Civil Veterinary Dept. Bombay admin report 1932-41 - 1932-1941
Year: 1932
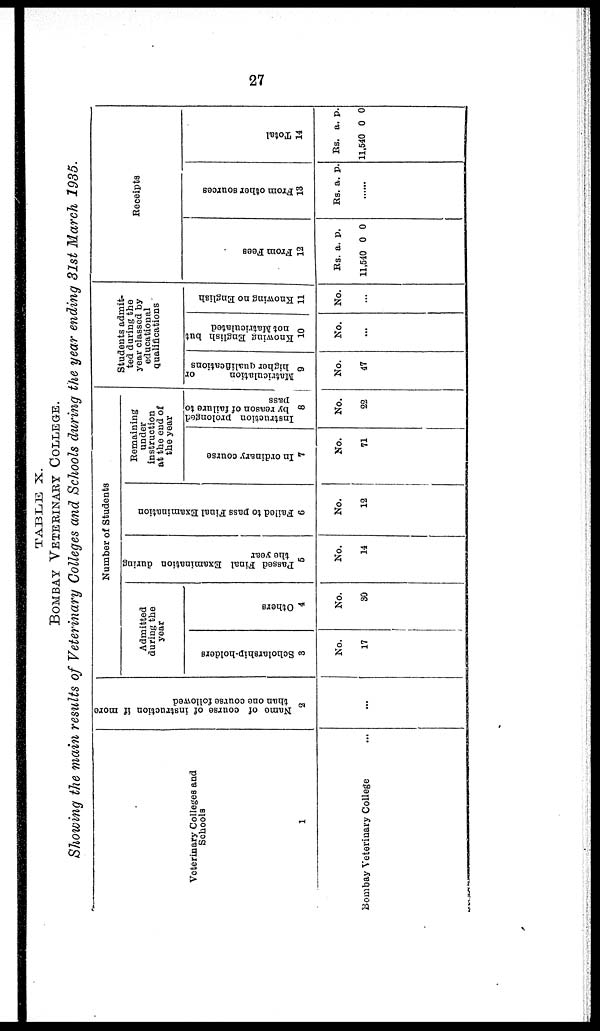
27
TABLE X.
BOMBAY VETERINARY COLLEGE.
Showing the main results of Veterinary Colleges and Schools during the year ending 31st March 1935.
Veterinary Colleges and
Schools
1
Bombay Veterinary College ...
Name of course of instruction if more
than one course followed
2
...
Number of Students
Admitted
during the
year
Scholarship-holders
3
No.
17
Others
4
No.
30
Passed Final Examination during
the year
5
No.
14
Failed to pass Final Examination
6
No.
12
Remaining
under
instruction
at the end of
the year
In ordinary course
7
No.
71
Instruction prolonged
by reason of failure to
pass
8
No.
22
Students admit-
ted during the
year classed by
educational
qualifications
Matriculation
or
higher Qualifications
9
No.
47
Knowing English but
not Matriculated
10
No.
...
Knowing no English
11
No.
...
Receipts
Fr om Fees
12
Rs.
11,540
a.
0
p.
0
Fr om ot he r s our c e s
13
Rs. a. p.
......
Tot al
14
Rs.
11,540
a.
0
p.
0